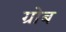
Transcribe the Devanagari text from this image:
ग्रोब